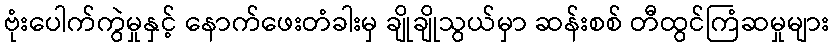
ဗုံးပေါက်ကွဲမှုနှင့် နောက်ဖေးတံခါးမှ ချိုချိုသွယ်မှာ ဆန်းစစ် တီထွင်ကြံဆမှုများ